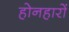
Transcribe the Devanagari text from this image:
होनहारों